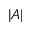
| A |